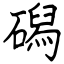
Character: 磶